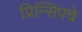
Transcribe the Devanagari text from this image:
प्रिन्सिपचे